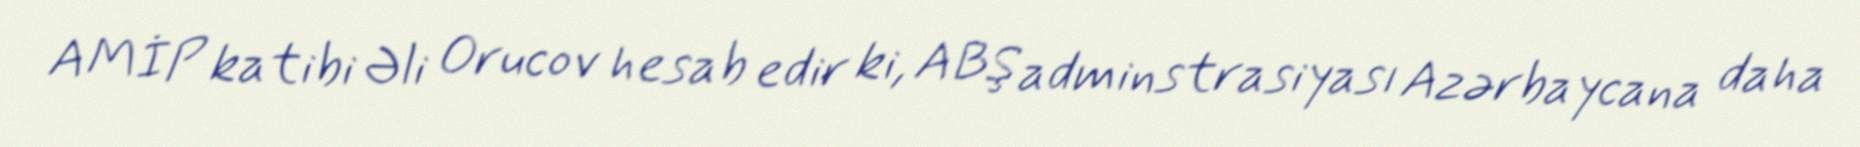
AMİP katibi Əli Orucov hesab edir ki, ABŞ adminstrasiyası Azərbaycana daha